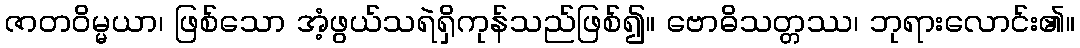
ဇာတဝိမ္မယာ၊ ဖြစ်သော အံ့ဖွယ်သရဲရှိကုန်သည်ဖြစ်၍။ ဗောဓိသတ္တဿ၊ ဘုရားလောင်း၏။